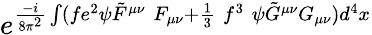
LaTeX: e^{{\frac{-i}{8\pi^{2}}}\int(fe^{2}\psi\tilde{F}^{\mu\nu}\; F_{\mu\nu}+{\frac{1}{3}}\; f^{3}\; \psi\tilde{G}^{\mu\nu}G_{\mu\nu})d^{4}x}